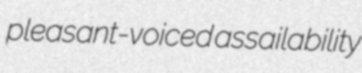
pleasant-voiced assailability